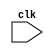
module prod
(
  input clk, 
);

//(* gclk *) wire clk;

//**Wire declarations**//
//**Init register**//
//**Stuttering Signal**//
//**Self-composed modules**//
//**Initial state**//
//**State invariants**//
//**Verification conditions**//

endmodule